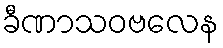
ခီဏာသဝဗလေန